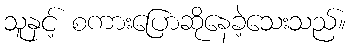
သူနှင့် စကားပြောဆိုနေခဲ့သေးသည်။